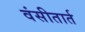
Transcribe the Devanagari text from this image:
वंसीतार्त